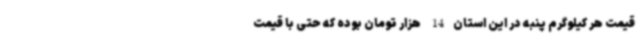
قیمت هر کیلوگرم پنبه در این استان14 هزار تومان بوده که حتی با قیمت